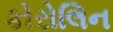
કોરોલિન